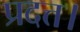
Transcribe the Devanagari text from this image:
प्रदत्त।